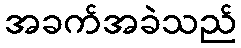
အခက်အခဲသည်